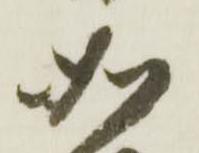
如